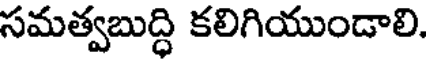
సమత్వబుద్ధి కలిగియుండాలి.